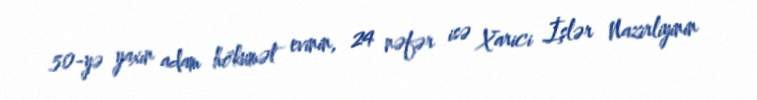
50-yə yaxın adam hökumət evinin, 24 nəfər isə Xarici İşlər Nazirliyinin